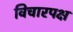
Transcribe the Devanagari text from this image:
विचारपक्ष